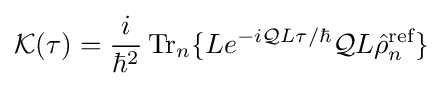
{\mathcal {K}}(\tau )={\frac {i}{\hbar ^{2}}}\operatorname {Tr} _{n}\{Le^{-i{\mathcal {Q}}L\tau /\hbar }{\mathcal {Q}}L{\hat {\rho }}_{n}^{\text{ref}}\}